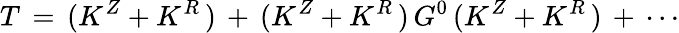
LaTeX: T\, =\, (K^{Z}+K^{R}\, )\, +\, (K^{Z}+K^{R}\, )\, G^{0}\, (K^{Z}+K^{R}\, )\, +\, \cdots